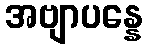
အဗျာပန္နေ